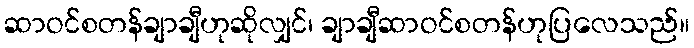
ဆာဝင်စတန်ချာချီဟုဆိုလျှင်၊ ချာချီဆာဝင်စတန်ဟုပြလေသည်။